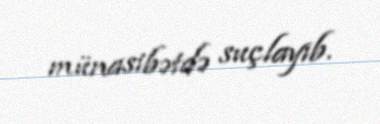
münasibətdə suçlayıb.